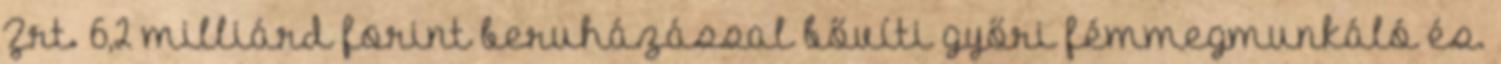
Zrt. 6,2 milliárd forint beruházással bővíti győri fémmegmunkáló és.